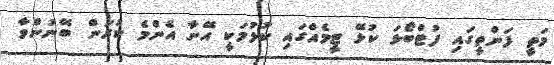
މަތީ ފަންތީގައި ފުޓްބޯޅަ ކުޅޭ ޓީމެއްގައި ކުޅުމަކީ އޭނާ އެންމެ ކުރަން ބޭނުންވާ